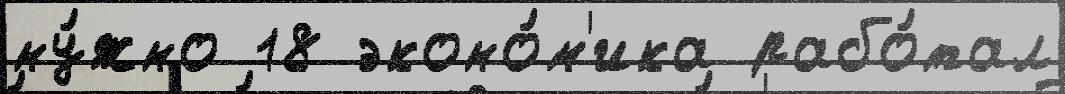
ну́жно 18 эконо́м'ика рабо́тал